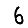
Digit: 6